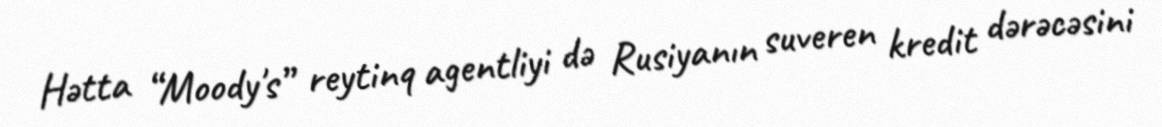
Hətta “Moody's” reytinq agentliyi də Rusiyanın suveren kredit dərəcəsini